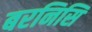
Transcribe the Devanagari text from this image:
बरनिसि